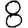
Digit: 8